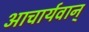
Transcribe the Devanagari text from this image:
आचार्यवान्